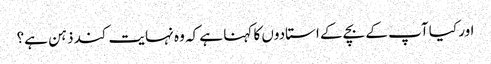
اور کیا آپ کے بچے کے استادوں کا کہنا ہے کہ وہ نہایت کند ذہن ہے؟